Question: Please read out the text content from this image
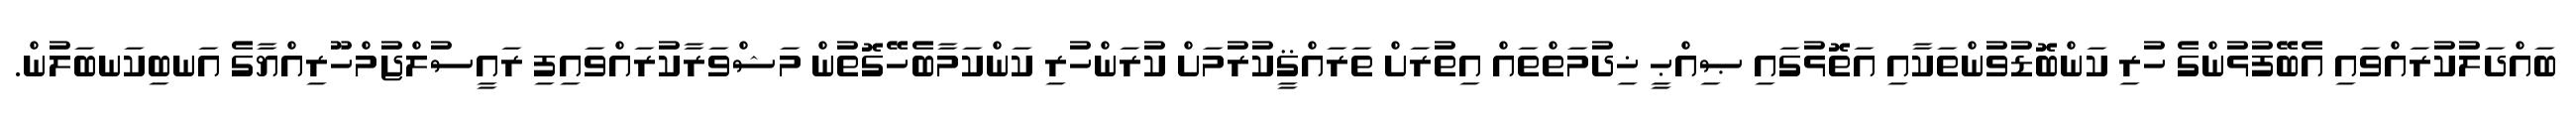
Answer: ބައްދަލުކުރައްވައި އެބޭފުޅުންގެ ހުރި ކަންބޮޑުވުންތަކާއި އަތޮޅުގައި ޞިއްޙީ ޚިދުމަތްތައް އިތުރަށް ތަރައްޤީކުރުމަށް ކުރަންހުރި ކަންކަމާބެހޭގޮތުން މަޝްވަރާކުރައްވައިފި ރައީސުލްޖުމްހޫރިއްޔާގެ އަނބިކަނބަލުން.